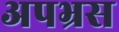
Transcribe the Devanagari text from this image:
अपभ्रस